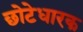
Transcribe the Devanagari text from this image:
छोटेधारक